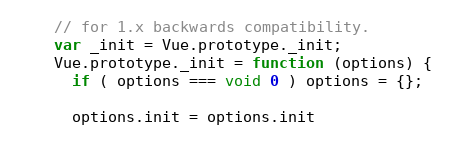
Language: JavaScript
    // for 1.x backwards compatibility.
    var _init = Vue.prototype._init;
    Vue.prototype._init = function (options) {
      if ( options === void 0 ) options = {};

      options.init = options.init